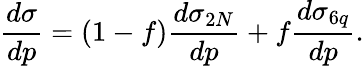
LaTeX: {\frac{d\sigma}{dp}}=(1-f){\frac{d\sigma_{2N}}{dp}}+f{\frac{d\sigma_{6q}}{dp}}.